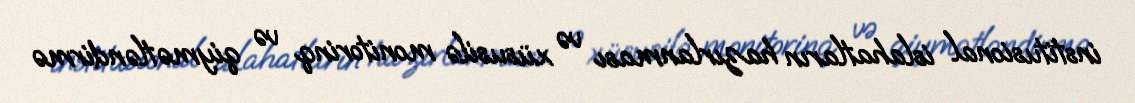
institusional islahatların hazırlanması və xüsusilə monitorinq və qiymətləndirmə